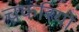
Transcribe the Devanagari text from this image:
चकरियों